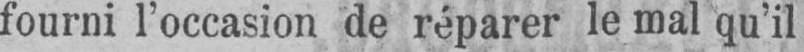
fourni l’occasion de réparer le mal qu’il